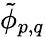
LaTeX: \tilde{\phi}_{p,q}